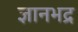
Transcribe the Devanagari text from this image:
ज्ञानभद्र